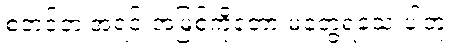
စတင်တဲ့ အရင်းအမြစ်ကိုတော့ မတွေ့ရသေးပါဘူး။